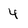
Character: 4